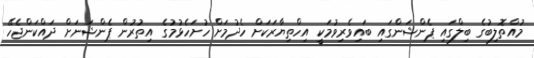
މުއްތޮލިބުގެ ބިލްގައި ޕެންޝަންގައި ބައިވެރިވުމަކީ އިހްތިޔާރަކަށް ހެދުމަށް ހުށަހެޅުމުގެ އިތުރުން ޕެންޝަނަށް ދައްކަންޖެހޭ